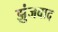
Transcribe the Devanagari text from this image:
झुंजवाद